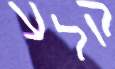
קלע